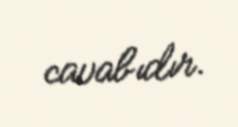
cavabıdır.